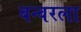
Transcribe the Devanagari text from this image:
बन्वरला